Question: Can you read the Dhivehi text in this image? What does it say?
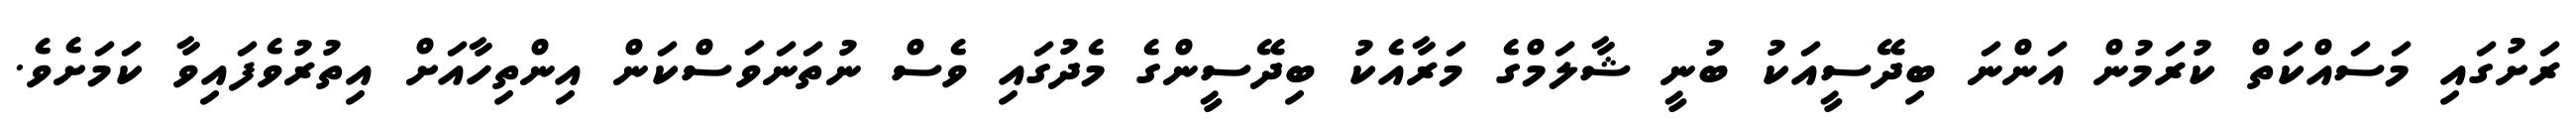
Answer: ރަށުގައި މަސައްކަތް ކުރަމުން އަންނަ ބިދޭސީއަކު ބުނީ ޝާލަމްގެ މަރާއެކު ބިދޭސީންގެ މެދުގައި ވެސް ނުތަނަވަސްކަން އިންތިހާއަށް އިތުރުވެފައިވާ ކަމަށެވެ.